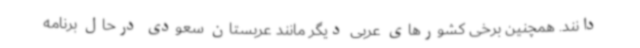
دانند. همچنین برخی کشورهای عربی دیگر مانند عربستان سعودی درحال برنامه